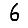
Digit: 6